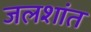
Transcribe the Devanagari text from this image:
जलशांत